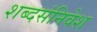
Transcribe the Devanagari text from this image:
शब्दसंनिवेश